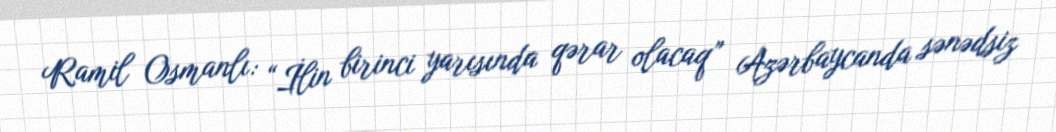
Ramil Osmanlı: “İlin birinci yarısında qərar olacaq” Azərbaycanda sənədsiz